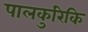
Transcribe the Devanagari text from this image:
पालकुरिकि